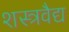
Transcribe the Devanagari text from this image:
शस्त्रवैद्य